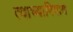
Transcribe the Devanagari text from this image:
त्याच्याषिवाय